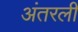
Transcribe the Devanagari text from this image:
अंतरली